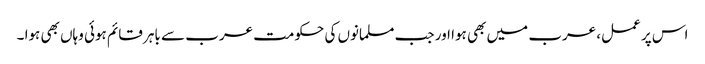
اس پر عمل، عرب میں بھی ہوا اور جب مسلمانوں کی حکومت عرب سے باہر قائم ہوئی وہاں بھی ہوا ۔